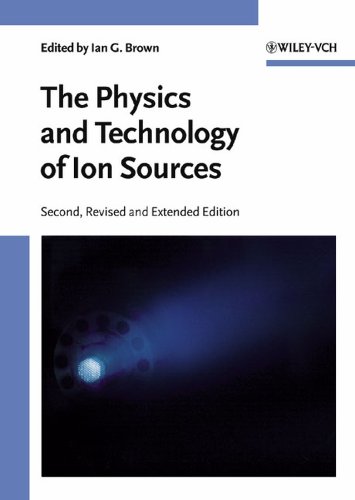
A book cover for The Physics and Technology of Ion Sources; Science & Math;